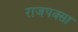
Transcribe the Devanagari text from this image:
राजपक्सा